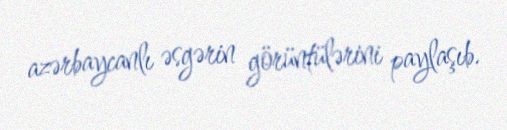
azərbaycanlı əsgərin görüntülərini paylaşıb.